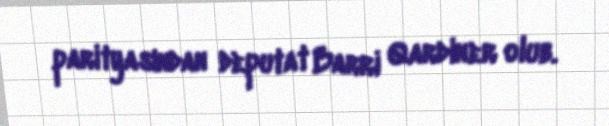
parityasından deputat Barri Qardiner olub.